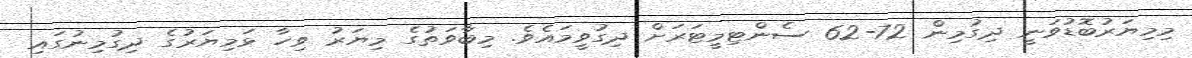
މިމިޔަރުބޮޑުވަނީ ދިގުމިން 72-62 ސެންޓިމީޓަރަށް ދިގުވީމައެވެ. މިބާވަތުގެ މިޔަރު ވިހާ ޅަމިޔަރުގެ ދިގުމިނުގައި